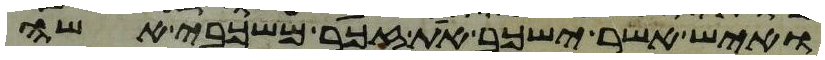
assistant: ואיש אשר ישכב את זכר משכבי אשה